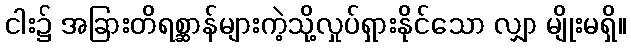
ငါး၌ အခြားတိရစ္ဆာန်များကဲ့သို့လှုပ်ရှားနိုင်သော လျှာ မျိုးမရှိ။